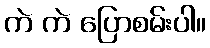
ကဲ ကဲ ပြောစမ်းပါ။